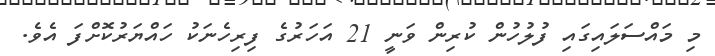
މި މައްސަލައިގައި ފުލުހުން ކުރިން ވަނީ 21 އަހަރުގެ ފިރިހެނަކު ހައްޔަރުކޮށްފަ އެވެ.